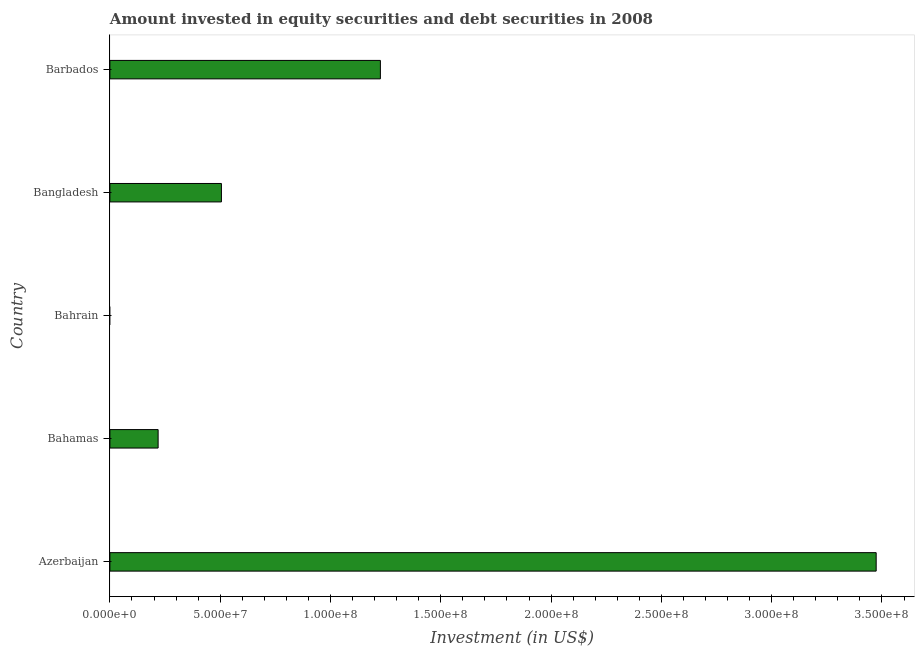
| Country | Portfolio Investment |
 | --- | --- |
 | Azerbaijan | 3.47e+08 |
 | Bahamas | 2.19e+07 |
 | Bahrain | -9.28e+09 |
 | Bangladesh | 5.06e+07 |
 | Barbados | 1.23e+08 |